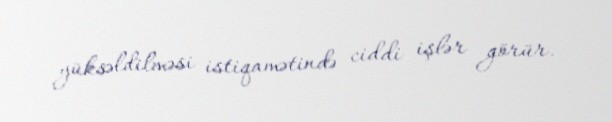
yüksəldilməsi istiqamətində ciddi işlər görür.